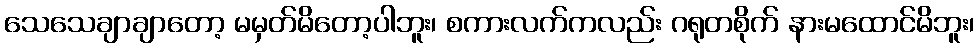
သေသေချာချာတော့ မမှတ်မိတော့ပါဘူး၊ စကားလက်ကလည်း ဂရုတစိုက် နားမထောင်မိဘူး၊